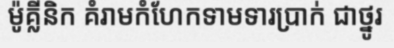
ម៉ូគ្លីនិក គំរាមកំហែកទាមទារប្រាក់ ជាថ្នូរ